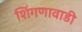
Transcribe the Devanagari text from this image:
शिंगणावाडी